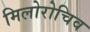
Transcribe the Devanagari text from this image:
मिलोरोचिव